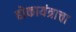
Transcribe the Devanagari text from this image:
होकायंत्राचा